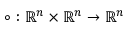
\circ : \mathbb { R } ^ { n } \times \mathbb { R } ^ { n } \to \mathbb { R } ^ { n }